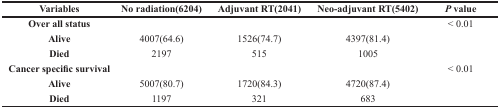
| Variables | No radiation(6204) | Adjuvant RT(2041) | Neo-adjuvant RT(5402) | P value |
 | --- | --- | --- | --- | --- |
 | Over all status |  |  |  | < 0.01 |
 | Alive | 4007(64.6) | 1526(74.7) | 4397(81.4) |  |
 | Died | 2197 | 515 | 1005 |  |
 | Cancer specific survival |  |  |  | < 0.01 |
 | Alive | 5007(80.7) | 1720(84.3) | 4720(87.4) |  |
 | Died | 1197 | 321 | 683 |  |